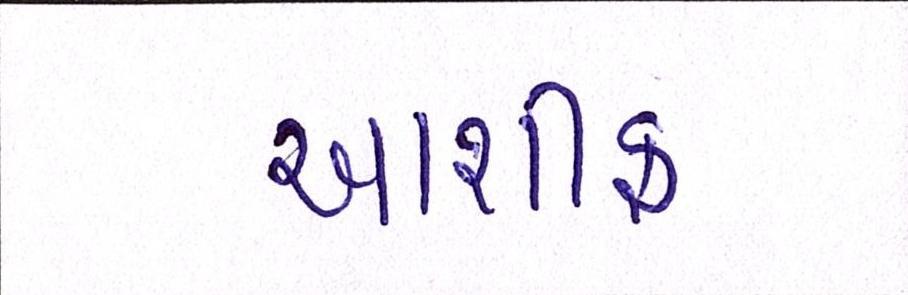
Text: આશીફ